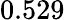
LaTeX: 0.529